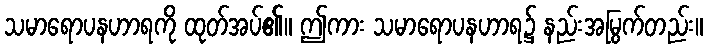
သမာရောပနဟာရကို ထုတ်အပ်၏။ ဤကား သမာရောပနဟာရ၌ နည်းအမြွက်တည်း။